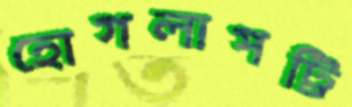
হোগলাপট্টি